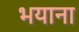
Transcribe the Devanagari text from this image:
भयाना